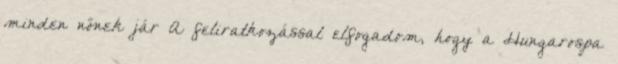
minden nőnek jár A feliratkozással elfogadom, hogy a Hungarospa